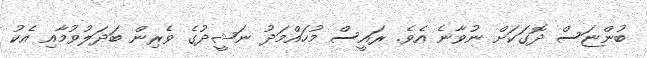
ބުންޏަސް ދޮގަކަށް ނުވާނެ އެވެ. ރައީސް މުހައްމަދު ނަޝީދުގެ ވެރިން ބަދަލުވުމާއި އެކު